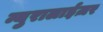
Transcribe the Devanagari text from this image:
न्युरालाईज़र